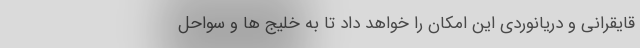
قايقرانی و دريانوردی اين امكان را خواهد داد تا به خليج ها و سواحل